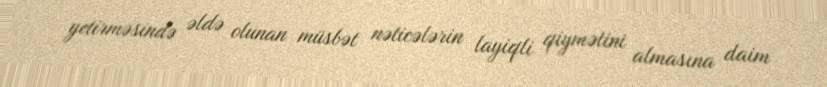
yetirməsində əldə olunan müsbət nəticələrin layiqli qiymətini almasına daim